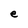
Character: e